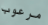
مرعوب